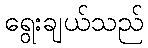
ရွေးချယ်သည်